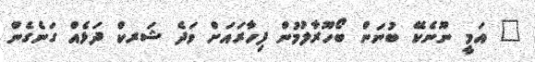
" އަމީ ނޫނެކޭ ބުނަން ބޯހޫރާލުމުން ފިހާރައަށް ވަދެ ޝަރކް ދަޅެއް ގަނެގެން